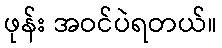
ဖုန်း အဝင်ပဲရတယ်။